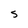
Character: s